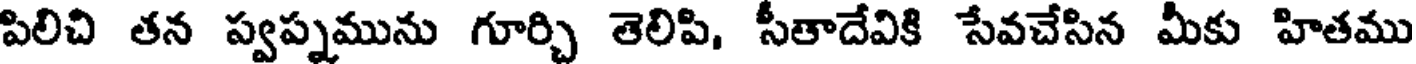
పిలిచి తన ప్వప్నమును గూర్చి తెలిపి, సీతాదేవికి సేవచేసిన మీకు హితము